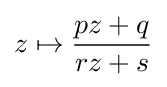
z\mapsto {\frac {pz+q}{rz+s}}